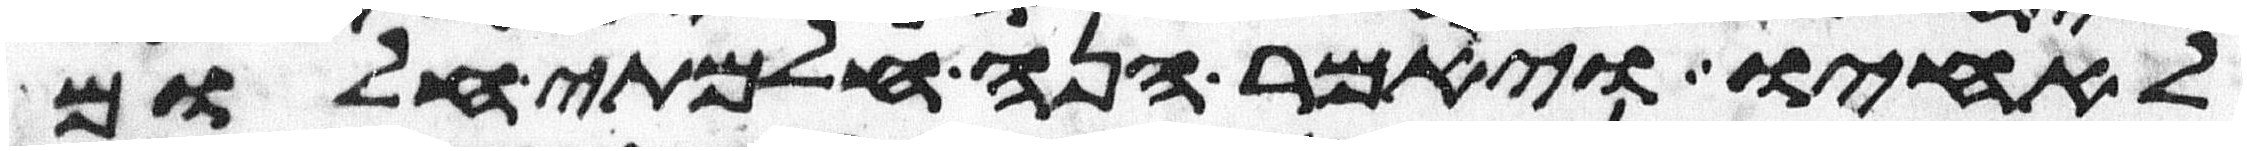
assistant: לאחיו ויאמר הנה חלמתי חלום